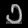
Digit: ၁